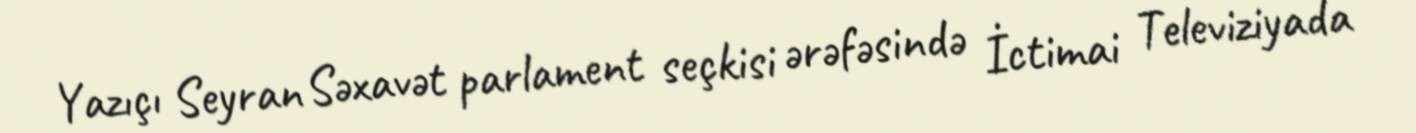
Yazıçı Seyran Səxavət parlament seçkisi ərəfəsində İctimai Televiziyada